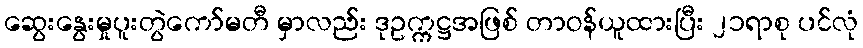
ဆွေးနွေးမှုပူးတွဲကော်မတီ မှာလည်း ဒုဥက္ကဋ္ဌအဖြစ် တာဝန်ယူထားပြီး ၂၁ရာစု ပင်လုံ